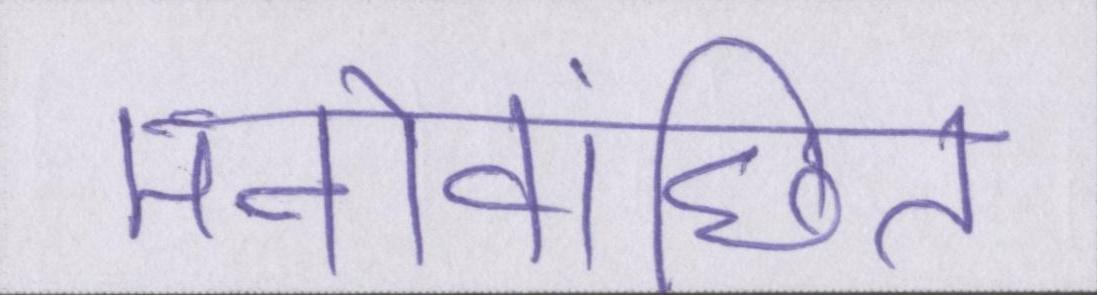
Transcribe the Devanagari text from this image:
मनोवांछित